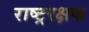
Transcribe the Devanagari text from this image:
राष्ट्ररक्षक